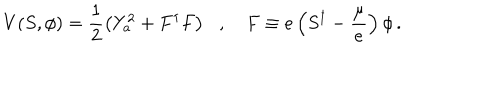
LaTeX: V ( S , \phi ) = \frac { 1 } { 2 } \left( Y _ { a } ^ { 2 } + F ^ { \dagger } F \right) \, \, \, \, , \, \, \, \, \, \, F \equiv e \left( S ^ { \dagger } - \frac { \mu } { e } \right) \phi \, .